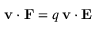
\mathbf { v } \cdot \mathbf { F } = q \, \mathbf { v } \cdot \mathbf { E }